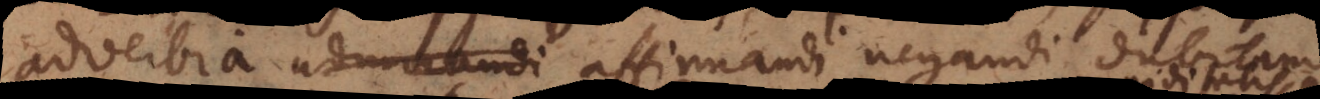
adverbia admirandi affirmandi negandi dubitand